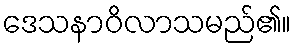
ဒေသနာဝိလာသမည်၏။